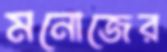
মনোজের